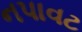
નપાવટ